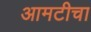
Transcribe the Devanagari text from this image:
आमटीचा